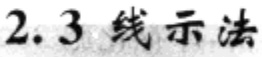
2.3 线示法